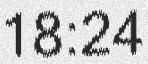
18:24